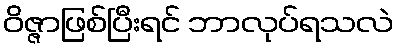
ဝိဇ္ဇာဖြစ်ပြီးရင် ဘာလုပ်ရသလဲ